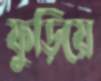
ফুড়িয়ে